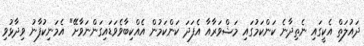
ދައުލަތް އެކީގައި ނެތިދާނެ ކަންކަމުގައި މަޝްވަރާއާ އެފަދަ ކަންކަމުން އެއްކިބާވެވަޑައިގަންނަވާށޭ" އެމަނިކުފާނު ވިދާޅުވި